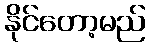
နိုင်တော့မည်